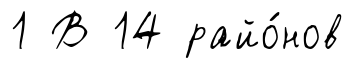
1 В 14 райо́нов